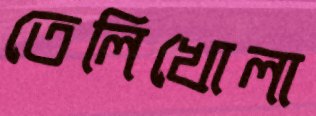
তেলিখোলা